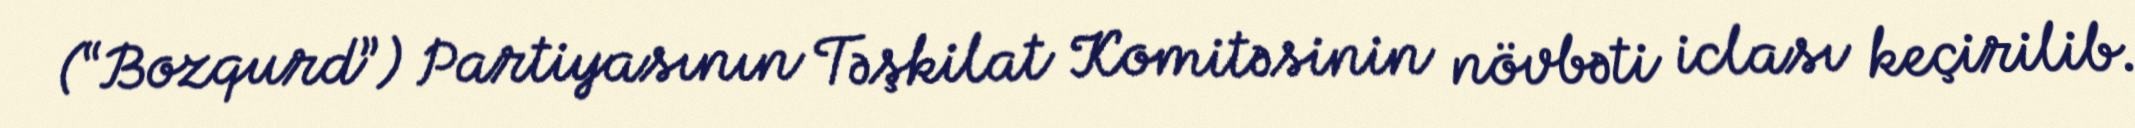
(“Bozqurd”) Partiyasının Təşkilat Komitəsinin növbəti iclası keçirilib.